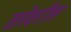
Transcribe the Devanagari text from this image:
तारेवरील